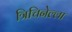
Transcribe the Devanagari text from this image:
त्रिचिनेल्ला